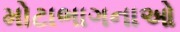
મોટાભાગનાઓ